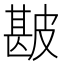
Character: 𰤯